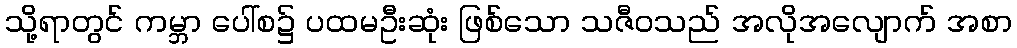
သို့ရာတွင် ကမ္ဘာ ပေါ်စ၌ ပထမဦးဆုံး ဖြစ်သော သဇီဝသည် အလိုအလျောက် အစာ